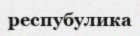
респубулика